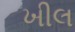
ખીલ